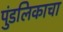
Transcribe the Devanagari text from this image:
पुंडलिकाचा